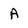
Character: a